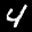
Label: 4